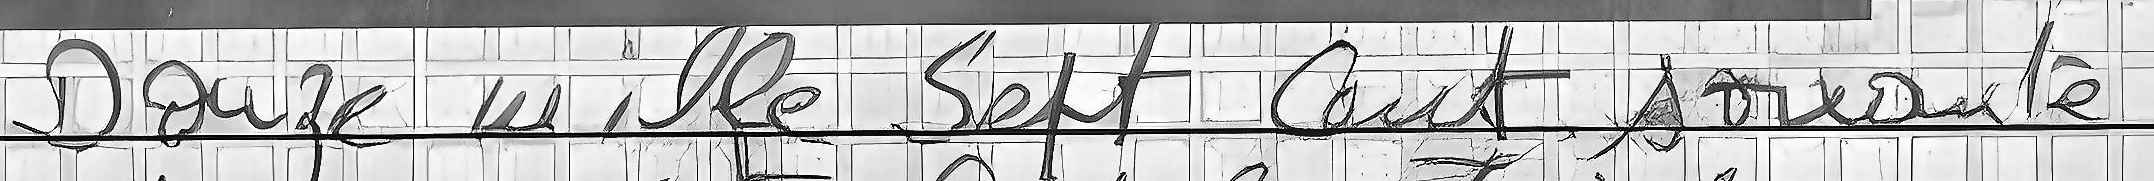
Douze mille Sept cent soixante